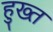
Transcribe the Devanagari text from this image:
हुख्त